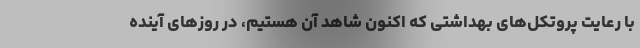
با رعایت پروتکل‌های بهداشتی که اکنون شاهد آن هستیم، در روزهای آینده